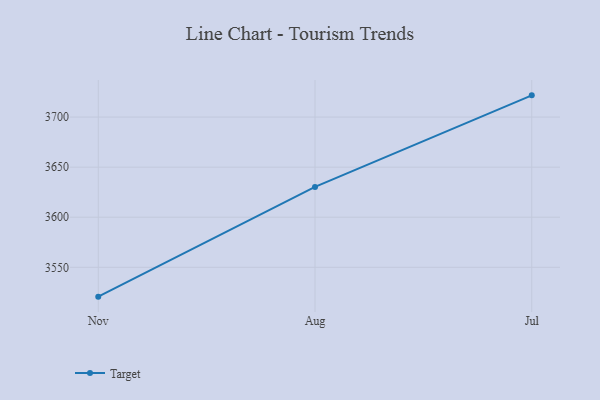
{"axis": {"x": "Month", "y": "Backlog"}, "legend": ["Target"], "data": [{"x": "Nov", "y": 3520.7, "type": "Target"}, {"x": "Aug", "y": 3630.3, "type": "Target"}, {"x": "Jul", "y": 3721.7, "type": "Target"}]}